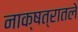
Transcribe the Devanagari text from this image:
नाक्षत्रातले